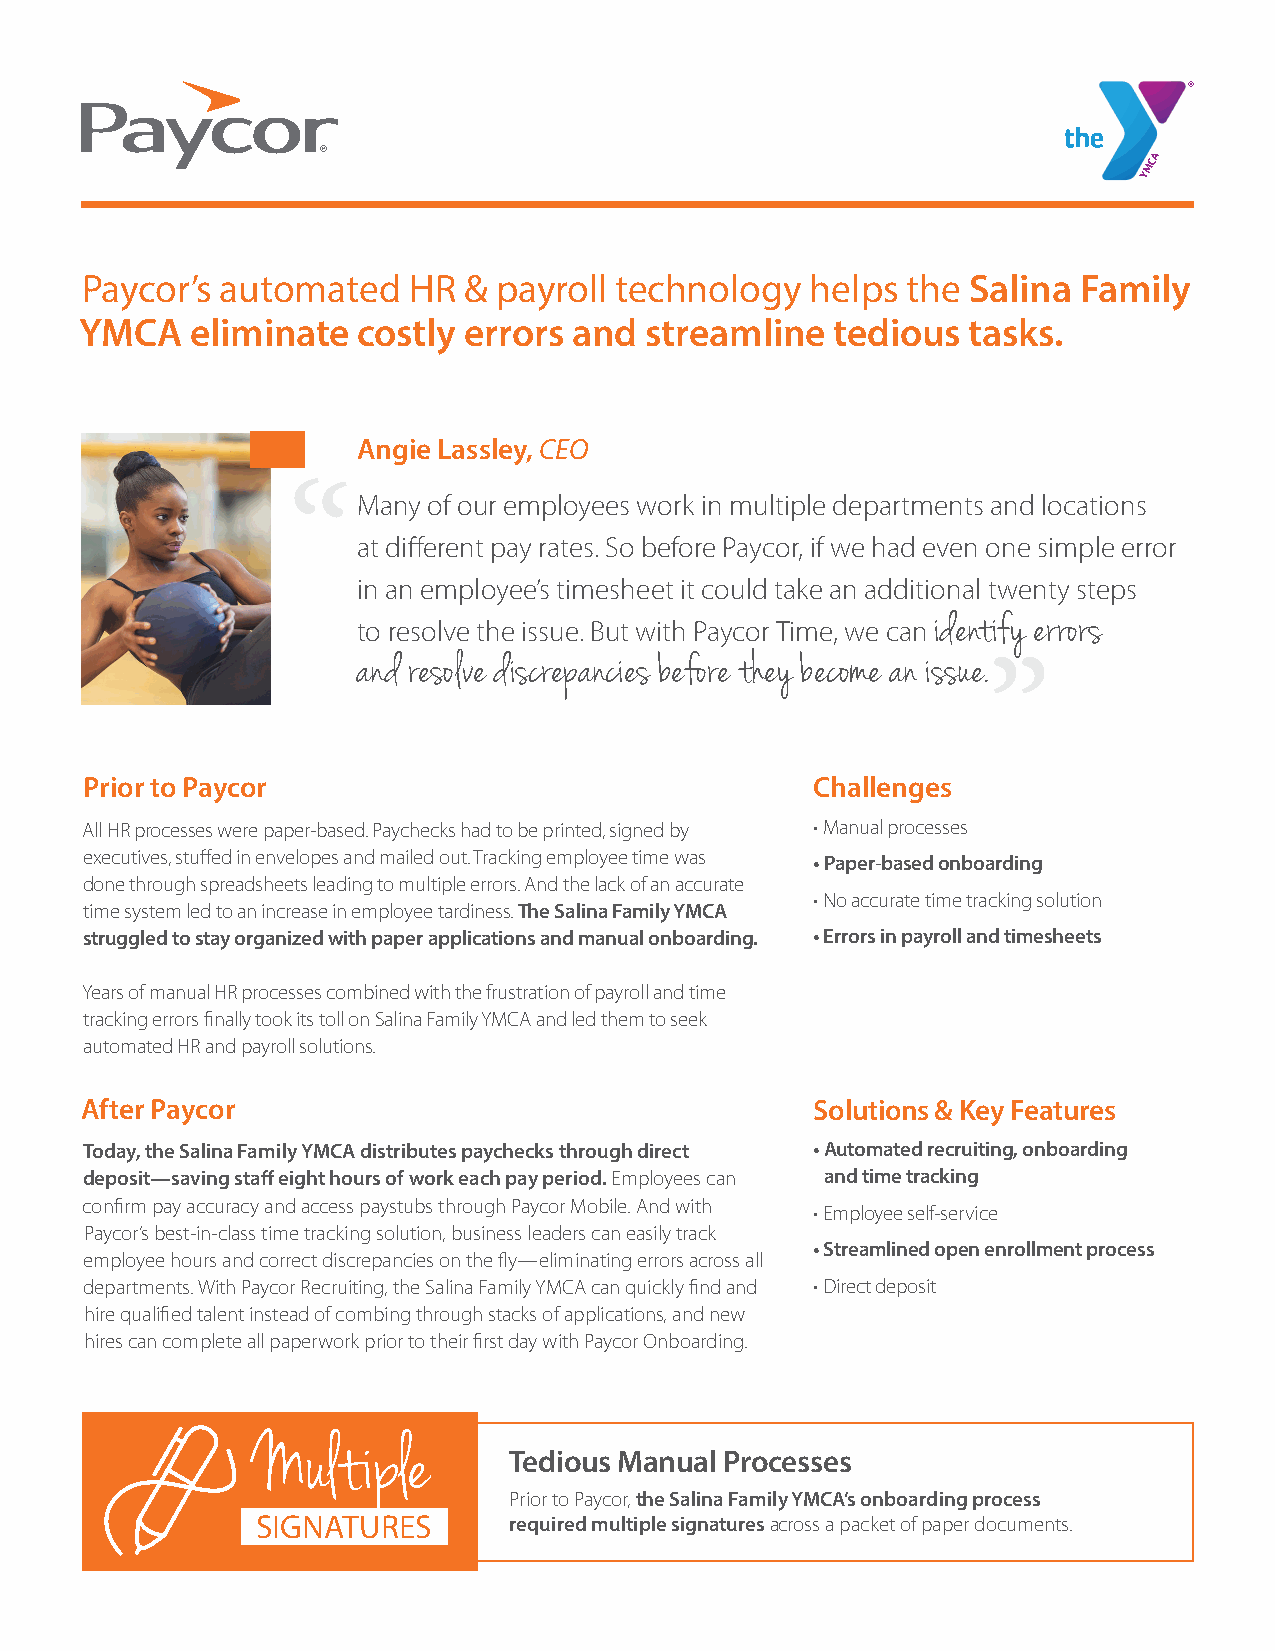
Paycor’s  automated   HR  & payroll technology   helps the Salina Family
 YMCA    eliminate  costly errors and  streamline  tedious  tasks.
 Angie Lassley, CEO
 “Many     of our employees work in multiple departments and locations
 “
 at different pay rates. So before Paycor, if we had even one simple error
 in an employee’s timesheet it could take an additional twenty steps
 identify errors
 to resolve the issue. But with Paycor Time, we can
 and resolve discrepancies before they become an issue.
 Prior to Paycor                                 Challenges
 All HR processes were paper-based. Paychecks had to be printed, signed by • Manual processes
 executives, stuffed in envelopes and mailed out. Tracking employee time was
 • Paper-based onboarding
 done through spreadsheets leading to multiple errors. And the lack of an accurate
 • No accurate time tracking solution
 time system led to an increase in employee tardiness. The Salina Family YMCA
 struggled to stay organized with paper applications and manual onboarding. • Errors in payroll and timesheets
 Years of manual HR processes combined with the frustration of payroll and time
 tracking errors finally took its toll on Salina Family YMCA and led them to seek
 automated HR and payroll solutions.
 After Paycor                                     Solutions & Key Features
 Today, the Salina Family YMCA distributes paychecks through direct • A utomated recruiting, onboarding
 deposit—saving staff eight hours of work each pay period. Employees can and time tracking
 confirm pay accuracy and access paystubs through Paycor Mobile. And with
 • Employee self-service
 Paycor’s best-in-class time tracking solution, business leaders can easily track
 • Streamlined open enrollment process
 employee hours and correct discrepancies on the fly—eliminating errors across all
 departments. With Paycor Recruiting, the Salina Family YMCA can quickly find and • Direct deposit
 hire qualified talent instead of combing through stacks of applications, and new
 hires can complete all paperwork prior to their first day with Paycor Onboarding.
 Multiple
 Tedious Manual Processes
 Prior to Paycor, the Salina Family YMCA’s onboarding process
 SIGNATURES       required multiple signatures across a packet of paper documents.